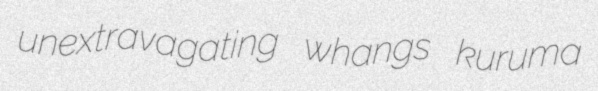
unextravagating whangs kuruma